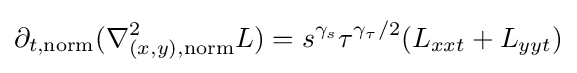
\partial _{t,\mathrm {norm} }(\nabla _{(x,y),\mathrm {norm} }^{2}L)=s^{\gamma _{s}}\tau ^{\gamma _{\tau }/2}(L_{xxt}+L_{yyt})